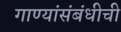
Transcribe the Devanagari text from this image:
गाण्यांसंबंधीची